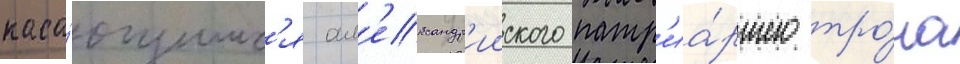
каса́ющимс'я ал'ександр'ииского патр'иа́ршего тро́на